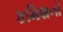
કમિશનો